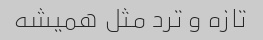
تازه و ترد مثل همیشه